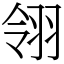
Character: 翎